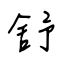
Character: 舒